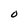
Character: O